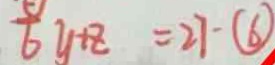
\frac { 5 } { 6 } y + z = 2 7 - \textcircled { 6 }